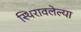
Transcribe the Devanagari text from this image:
स्थिरावलेल्या